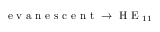
\textrm { e v a n e s c e n t } \rightarrow \textrm { H E } _ { 1 1 }